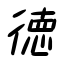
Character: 徳